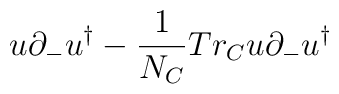
u\partial_-u^\dagger-{1\over N_C}Tr_C u\partial_-u^\dagger